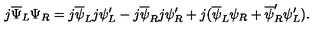
j \overline { { \Psi } } _ { L } \Psi _ { R } = j \overline { { \psi } } _ { L } j \psi _ { L } ^ { \prime } - j \overline { { \psi } } _ { R } j \psi _ { R } ^ { \prime } + j ( \overline { { \psi } } _ { L } \psi _ { R } + \overline { { \psi } } _ { R } ^ { \prime } \psi _ { L } ^ { \prime } ) .